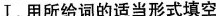
Ⅰ.用所给词的适当形式填空